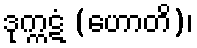
ဒုက္ကဋံ (ဟောတိ)၊